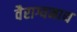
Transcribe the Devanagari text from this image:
वैराग्यनाथ